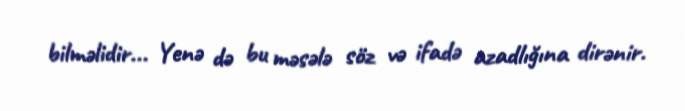
bilməlidir... Yenə də bu məsələ söz və ifadə azadlığına dirənir.